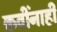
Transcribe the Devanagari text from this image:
कवींनाही